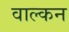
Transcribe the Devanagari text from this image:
वाल्कन